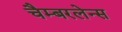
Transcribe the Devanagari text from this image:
चैम्बरलेन्स